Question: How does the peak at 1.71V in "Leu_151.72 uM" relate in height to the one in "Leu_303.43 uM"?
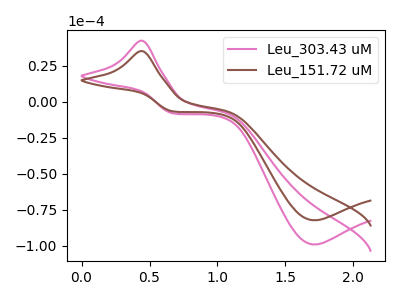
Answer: <think>The pink curve "Leu_303.43 uM" has an anodic peak at (0.45V, 42.45uA) and a cathodic peak at (1.70V, -99.00uA). The brown curve "Leu_151.72 uM" has an anodic peak at (0.45V, 35.25uA) and a cathodic peak at (1.70V, -82.20uA).</think>
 <answer>The peak at 1.71V is lower in "Leu_151.72 uM" than in "Leu_303.43 uM".</answer>
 <eval>lower</eval>